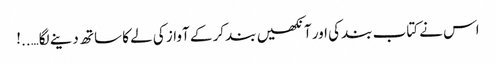
اس نے کتاب بند کی اور آنکھیں بند کر کے آواز کی لے کا ساتھ دینے لگا…..!